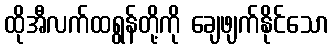
ထိုအီလက်ထရွန်တို့ကို ချေဖျက်နိုင်သော